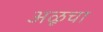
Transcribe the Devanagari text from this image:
अळूचा